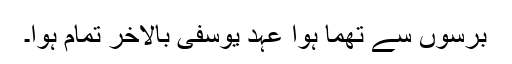
برسوں سے تھما ہوا عہد یوسفی بالاخر تمام ہوا۔